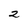
Character: 2